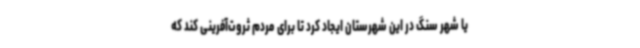
یا شهر سنگ در این شهرستان ایجاد کرد تا برای مردم ثروت‌آفرینی کند که